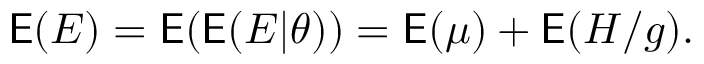
\mathsf E ( E ) = \mathsf E ( \mathsf E ( E | \theta ) ) = \mathsf E ( \mu ) + \mathsf E ( H / g ) .